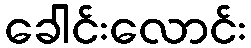
ခေါင်းလောင်း